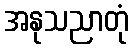
အနုသညာတုံ